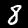
Label: 8